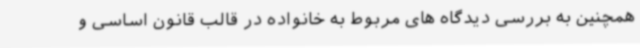
همچنین به بررسی دیدگاه های مربوط به خانواده در قالب قانون اساسی و